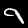
Label: 9